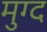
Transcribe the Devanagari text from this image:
मुग्द